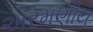
અરમણીય